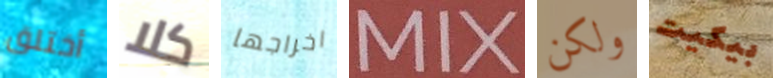
أختلق كلا اخراجها MIX ولكن بيكيت